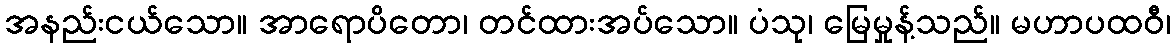
အနည်းငယ်သော။ အာရောပိတော၊ တင်ထားအပ်သော။ ပံသု၊ မြေမှုန့်သည်။ မဟာပထဝီ၊